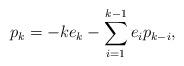
LaTeX: \begin{align*}p_k= -ke_k - \sum_{i=1}^{k-1}e_ip_{k-i},\end{align*}